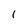
Character: 1